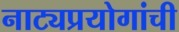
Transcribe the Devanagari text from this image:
नाट्यप्रयोगांची